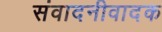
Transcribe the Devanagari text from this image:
संवादनीवादक